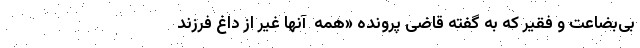
بی‌بضاعت و فقیر که به‌ گفته قاضی پرونده «همه ‌ آنها غیر از داغ فرزند